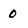
Character: 0